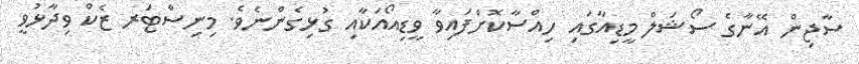
ސާޖިން އޭނާގެ ސޯޝަލް މީޑިއާގައި ހިއްސާކޮށްފައިވާ ވީޑިއޯއަކާއި ގުޅިގެންނެވެ. މިނިސްޓަރ ޒެކް ވިދާޅުވީ